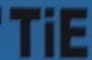
TiE